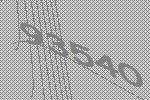
93540